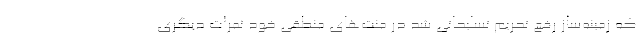
که زمینه‌ساز رفع تحریم تسلیحاتی شد در منت‌های منطقی خود ثمرات دیگری